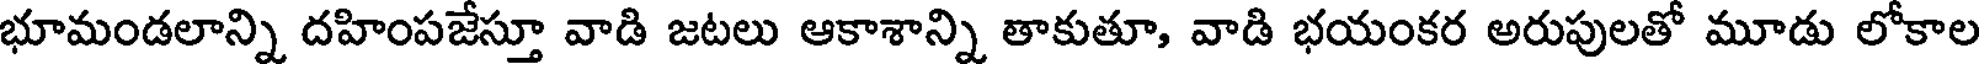
భూమండలాన్ని దహింపజేస్తూ వాడి జటలు ఆకాశాన్ని తాకుతూ, వాడి భయంకర అరుపులతో మూడు లోకాల